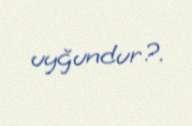
uyğundur?.